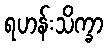
ရဟန်းသိက္ခာ